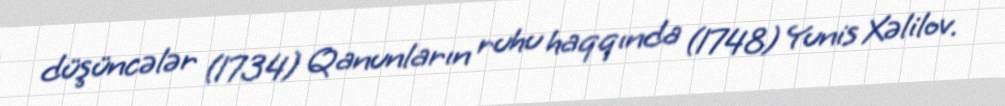
düşüncələr (1734) Qanunların ruhu haqqında (1748) Yunis Xəlilov.